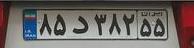
۸۵د۳۸۲۵۵